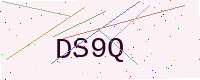
Text: DS9Q